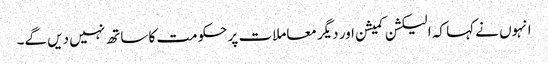
انہوں نے کہا کہ الیکشن کمیشن اور دیگر معاملات پر حکومت کا ساتھ نہیں دیں گے۔